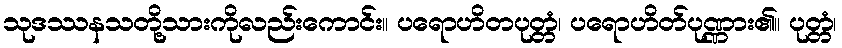
သုဒဿနသတို့သားကိုလည်းကောင်း။ ပရောဟိတပုတ္တံ၊ ပရောဟိတ်ပုဏ္ဏား၏။ ပုတ္တံ၊